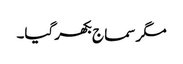
مگر سماج بکھر گیا۔